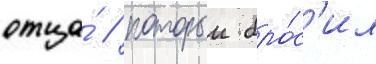
отца́ / которыи бро́с'ил